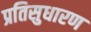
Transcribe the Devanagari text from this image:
प्रतिसुधारण